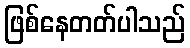
ဖြစ်နေတတ်ပါသည်